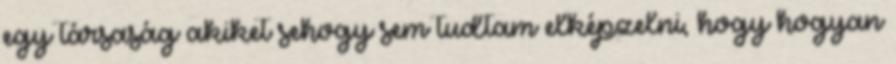
egy társaság akiket sehogy sem tudtam elképzelni, hogy hogyan